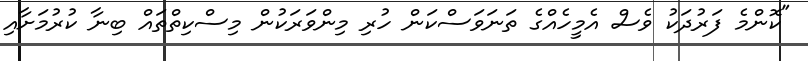
"ކޮންމެ ފަރުދަކު ވެސް އެމީހެއްގެ ތަނަވަސްކަން ހުރި މިންވަރަކުން މިސްކިތްތައް ބިނާ ކުރުމަށާއި